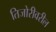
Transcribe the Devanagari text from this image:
तिजोरीवरील